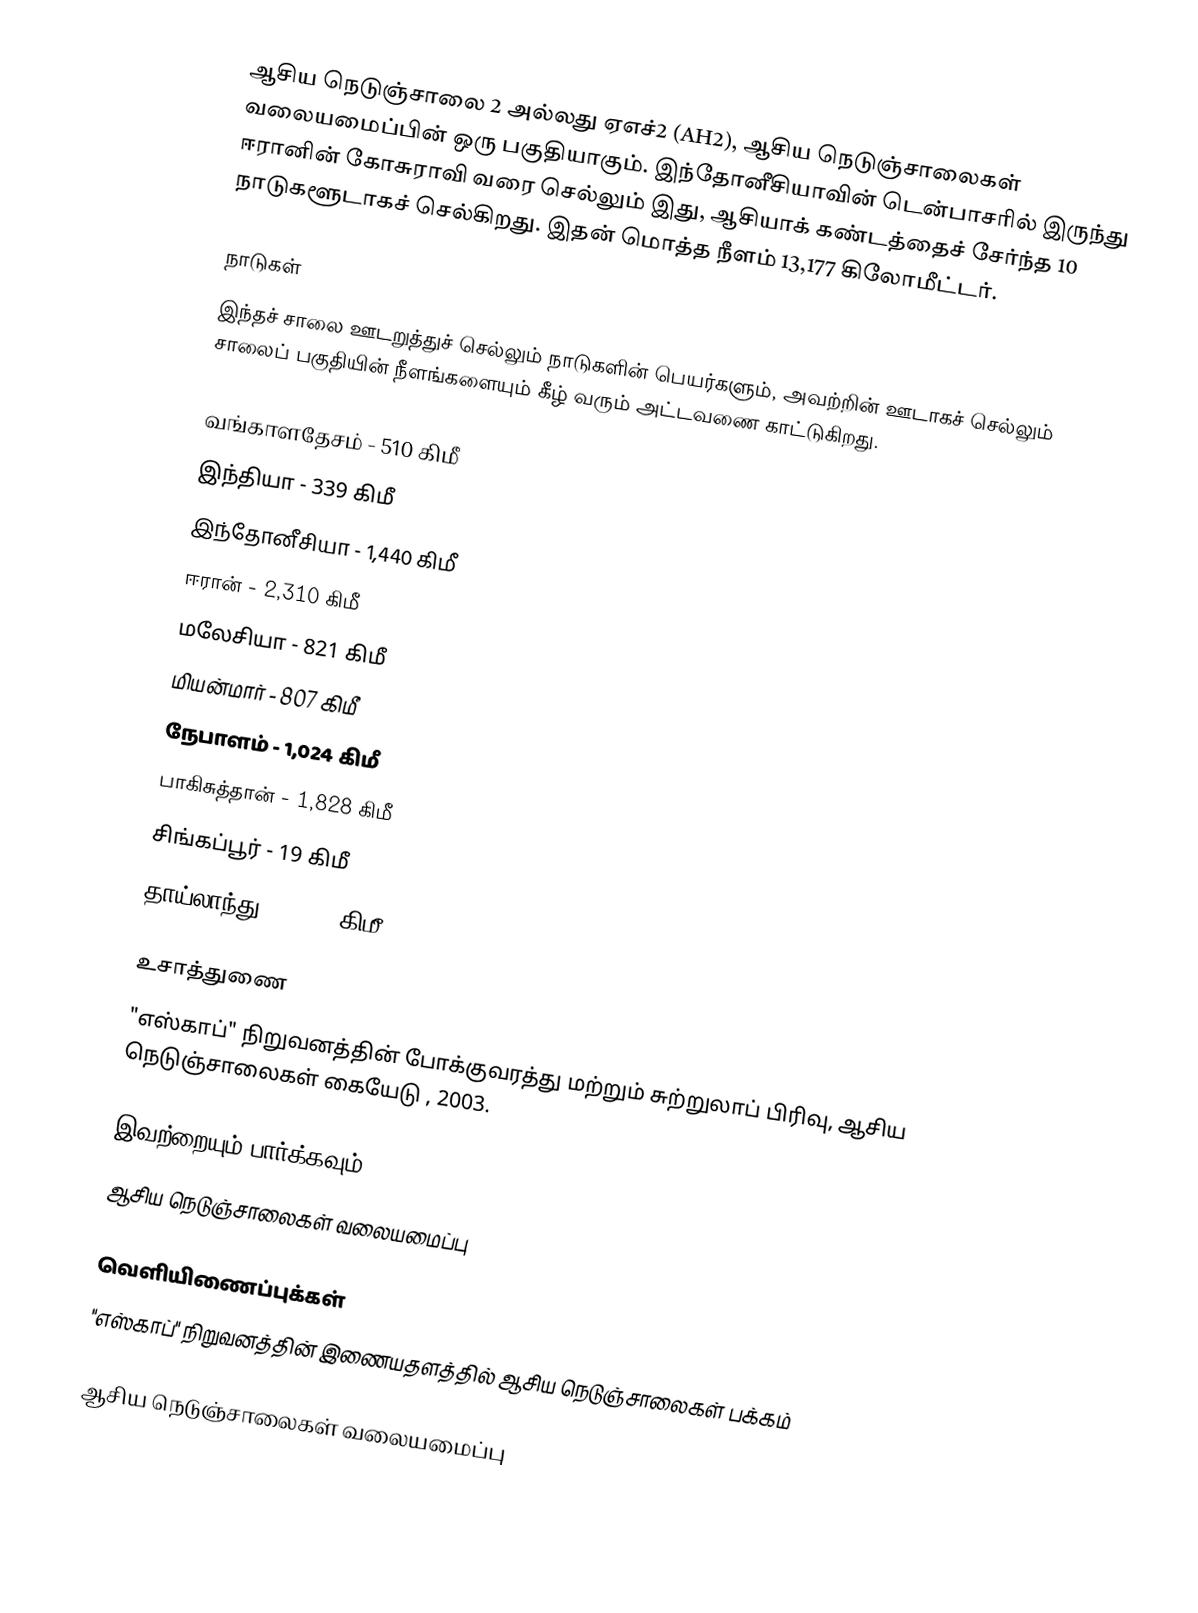
ஆசிய நெடுஞ்சாலை 2 அல்லது ஏஎச்2 (AH2), ஆசிய நெடுஞ்சாலைகள் வலையமைப்பின் ஒரு பகுதியாகும். இந்தோனீசியாவின் டென்பாசரில் இருந்து ஈரானின் கோசுராவி வரை செல்லும் இது, ஆசியாக் கண்டத்தைச் சேர்ந்த 10 நாடுகளூடாகச் செல்கிறது. இதன் மொத்த நீளம் 13,177 கிலோமீட்டர்.

நாடுகள்
இந்தச் சாலை ஊடறுத்துச் செல்லும் நாடுகளின் பெயர்களும், அவற்றின் ஊடாகச் செல்லும் சாலைப் பகுதியின் நீளங்களையும் கீழ் வரும் அட்டவணை காட்டுகிறது.

 வங்காளதேசம் - 510 கிமீ
 இந்தியா - 339 கிமீ
 இந்தோனீசியா - 1,440 கிமீ
 ஈரான் - 2,310 கிமீ
 மலேசியா - 821 கிமீ
 மியன்மார் - 807 கிமீ
 நேபாளம் - 1,024 கிமீ
 பாகிசுத்தான் - 1,828 கிமீ
 சிங்கப்பூர் - 19 கிமீ
 தாய்லாந்து - 1,549 கிமீ

உசாத்துணை
 "எஸ்காப்" நிறுவனத்தின் போக்குவரத்து மற்றும் சுற்றுலாப் பிரிவு, ஆசிய நெடுஞ்சாலைகள் கையேடு , 2003.

இவற்றையும் பார்க்கவும்
 ஆசிய நெடுஞ்சாலைகள் வலையமைப்பு

வெளியிணைப்புக்கள்
 "எஸ்காப்" நிறுவனத்தின் இணையதளத்தில் ஆசிய நெடுஞ்சாலைகள் பக்கம்

ஆசிய நெடுஞ்சாலைகள் வலையமைப்பு